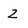
Character: Z